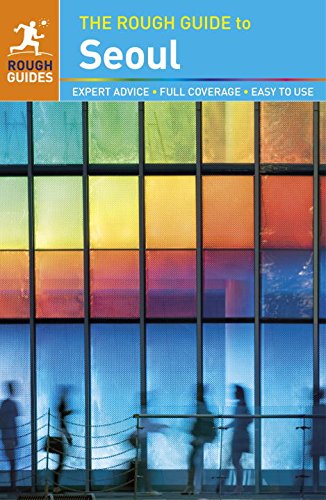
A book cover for The Rough Guide to Seoul; Rough Guides; Travel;